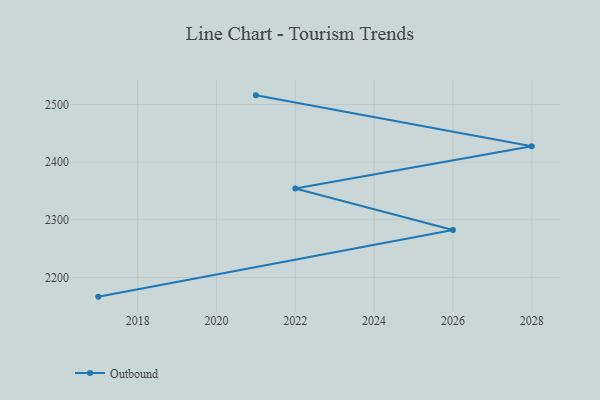
{"axis": {"x": "Year", "y": "Production Output"}, "legend": ["Outbound"], "data": [{"x": "2021", "y": 2515.9, "type": "Outbound"}, {"x": "2028", "y": 2427.7, "type": "Outbound"}, {"x": "2022", "y": 2354.3, "type": "Outbound"}, {"x": "2026", "y": 2282.5, "type": "Outbound"}, {"x": "2017", "y": 2166.8, "type": "Outbound"}]}